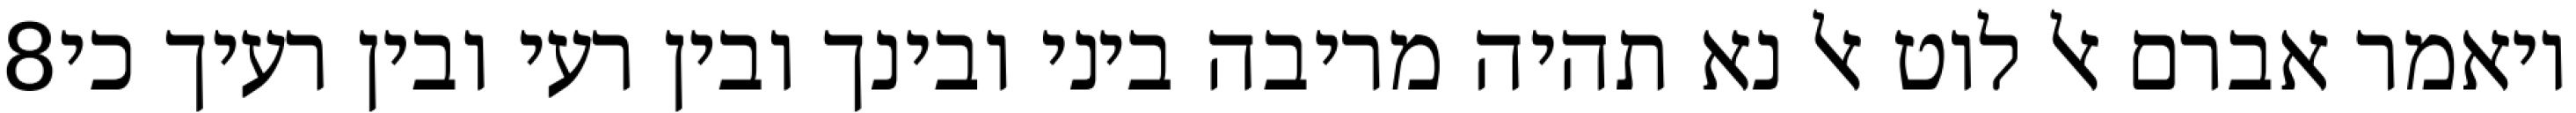
‎8‏ ויאמר אברם אל לוט אל נא תהיה מריבה ביני ובינך ובין רעי ובין רעיך כי